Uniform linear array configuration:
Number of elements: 32
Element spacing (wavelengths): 1
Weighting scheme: blackman
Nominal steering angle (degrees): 60
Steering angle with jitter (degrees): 61.102
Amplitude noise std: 0.05
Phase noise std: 0.05

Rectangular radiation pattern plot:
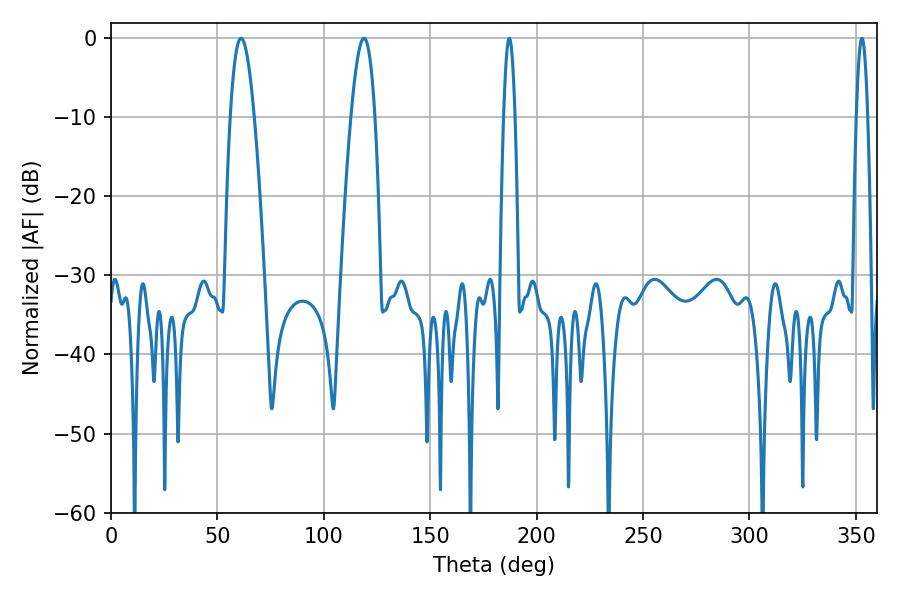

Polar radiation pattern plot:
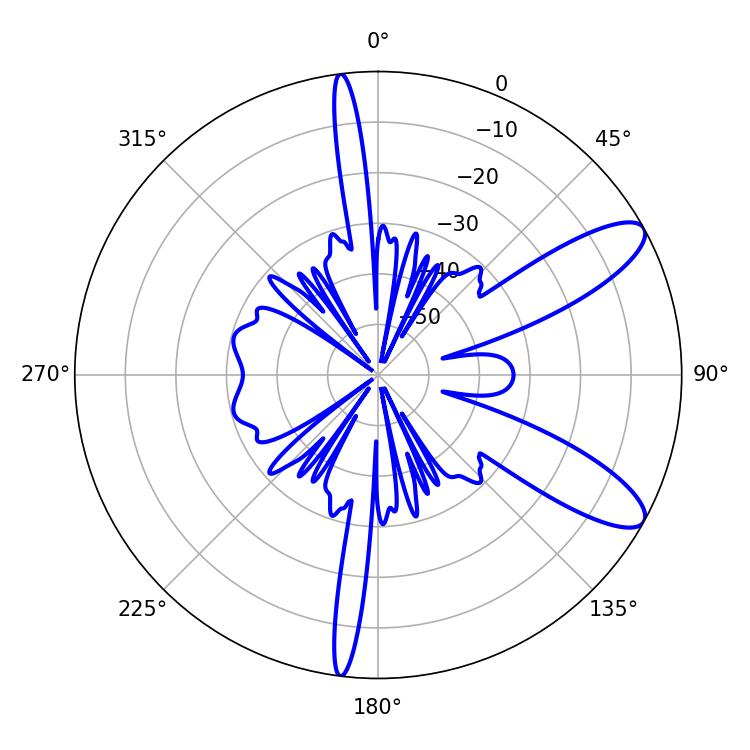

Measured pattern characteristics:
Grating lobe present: TRUE
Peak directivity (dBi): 10.223
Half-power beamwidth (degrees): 6.12
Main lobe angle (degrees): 118.8